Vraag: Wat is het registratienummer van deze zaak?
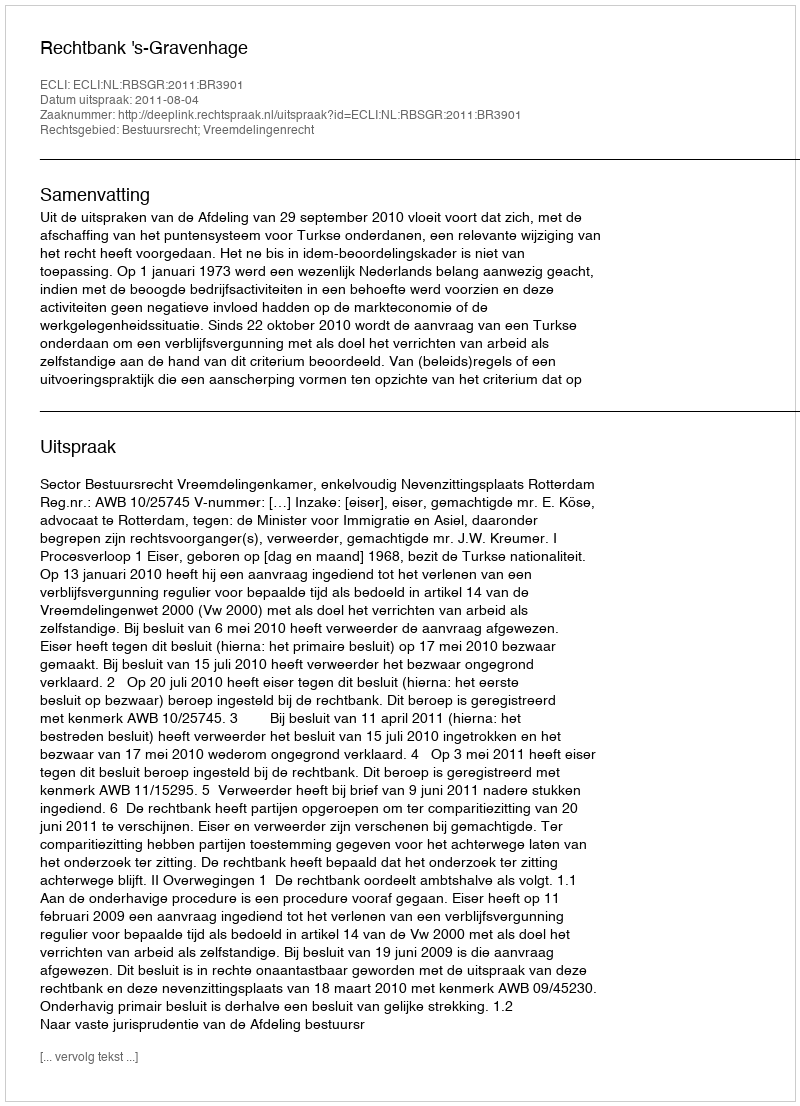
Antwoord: http://deeplink.rechtspraak.nl/uitspraak?id=ECLI:NL:RBSGR:2011:BR3901